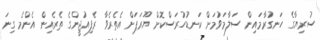
ސުރިޔާގެ ހަނގުރާމައިން ސަލާމަވުމަށް ކަނޑުހުރަސްކޮށް ޔޫރަޕަށް އެތެރެވާ ރެފިއުޖީންގެ ތެރެއިން އެންމެ ގިނަ